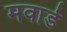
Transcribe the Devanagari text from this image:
मवाडे